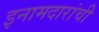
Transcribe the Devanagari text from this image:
इनामदारांची